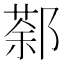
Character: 𨝛